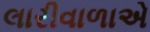
લારીવાળાએ